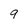
Character: q